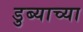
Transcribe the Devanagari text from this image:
डुब्याच्या